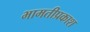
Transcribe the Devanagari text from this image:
भामतीप्रकाश